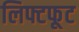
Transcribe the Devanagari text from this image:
लिफ्टफूट